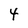
Character: 4